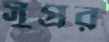
সুপ্রর